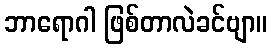
ဘာရောဂါ ဖြစ်တာလဲခင်ဗျာ။